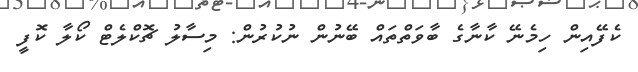
ކެފޭއިން ހިމެނޭ ކާނާގެ ބާވަތްތައް ބޭނުން ނުކުރުން: މިސާލު ޗޮކްލެޓް ކޯލާ ކޮފީ